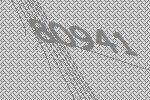
80941